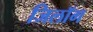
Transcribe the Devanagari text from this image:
जिलॉग